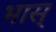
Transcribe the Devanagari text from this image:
भास्